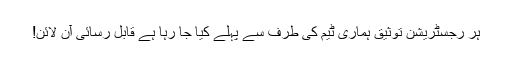
ہر رجسٹریشن توثیق ہماری ٹیم کی طرف سے پہلے کیا جا رہا ہے قابل رسائی آن لائن!